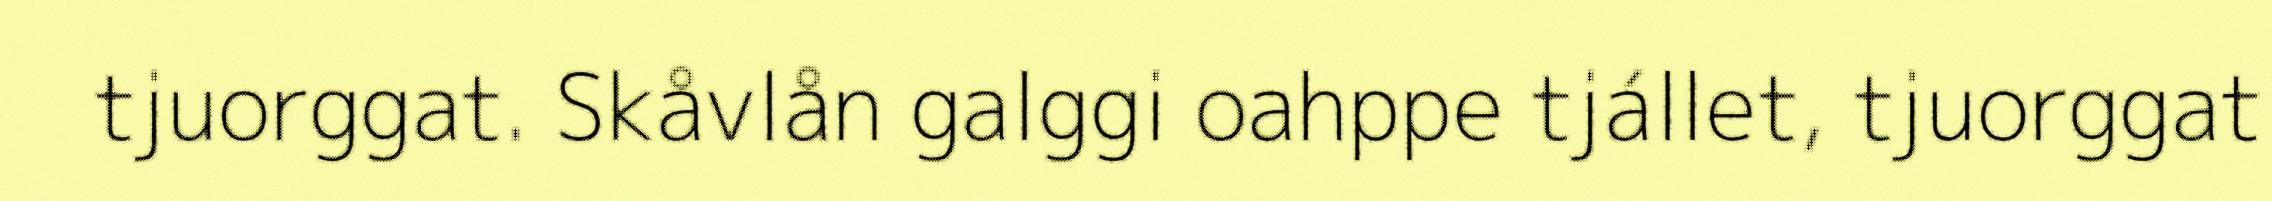
tjuorggat. Skåvlån galggi oahppe tjállet, tjuorggat